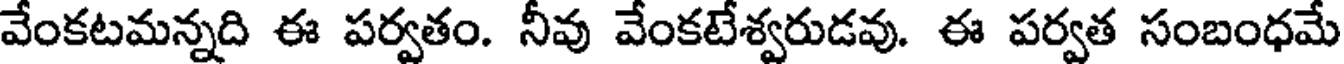
వేంకటమన్నది ఈ పర్వతం. నీవు వేంకటేశ్వరుడవు. ఈ పర్వత సంబంధమే